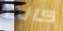
كانت